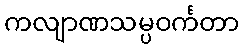
ကလျာဏသမ္ပဝင်္ကတာ